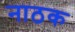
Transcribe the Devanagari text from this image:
नाठक